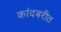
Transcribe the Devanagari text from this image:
कांदबरीत